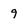
Character: 9